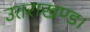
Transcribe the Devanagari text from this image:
उत्तराखण्ड।